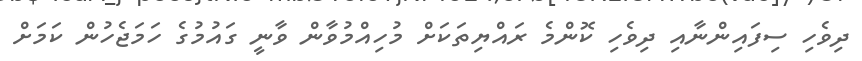
ދިވެހި ސިފައިންނާއި ދިވެހި ކޮންމެ ރައްޔިތަކަށް މުހިއްމުވާން ވާނީ ގައުމުގެ ހަމަޖެހުން ކަމަށް